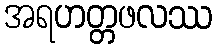
အရဟတ္တဖလဿ